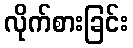
လိုက်စားခြင်း